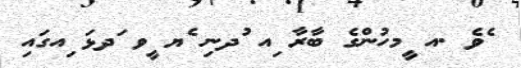
ެވެ .އ ީމހުންގެ ބާރާ ިއ ުދނި ެޔ ީވ ަދޅަ ިއގައި